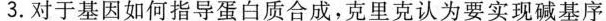
3.对于基因如何指导蛋白质合成，克里克认为要实现碱基序